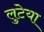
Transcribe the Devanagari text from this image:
लुटेया